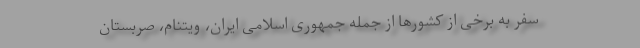
سفر به برخی از کشورها از جمله جمهوری اسلامی ایران، ویتنام، صربستان